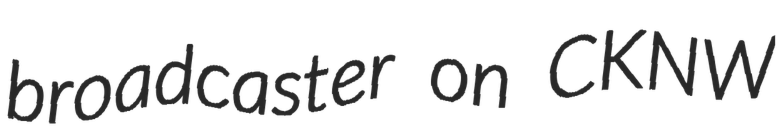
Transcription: broadcaster on CKNW